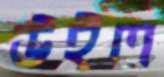
উইল